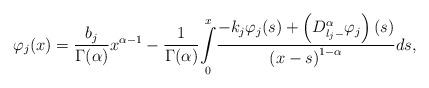
LaTeX: \begin{align*}\varphi_j(x)=\frac{b_j}{\Gamma(\alpha)}x^{\alpha-1}-\frac{1}{\Gamma(\alpha)}\underset{0}{\overset{x}{\int}}\frac{-k_j\varphi_j(s)+\left(D_{l_j-}^{\alpha}\varphi_j\right)(s)}{\left(x-s\right)^{1-\alpha}}ds,\end{align*}